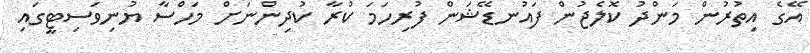
އޭގެ އިތުރުން މަންދު ކޮލެޖުން ފައުނޑޭޝަން ފުރިހަމަ ކުރާ ކުދިންނަށް މަހްސާ ޔުނިވަސިޓީގައި